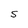
Character: S